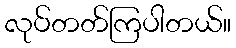
လုပ်တတ်ကြပါတယ်။